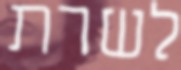
לשרת